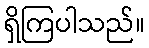
ရှိကြပါသည်။